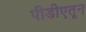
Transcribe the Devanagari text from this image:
पीडीएतून